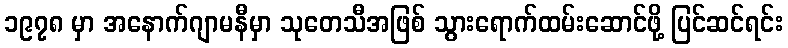
၁၉၇၈ မှာ အနောက်ဂျာမနီမှာ သုတေသီအဖြစ် သွားရောက်ထမ်းဆောင်ဖို့ ပြင်ဆင်ရင်း